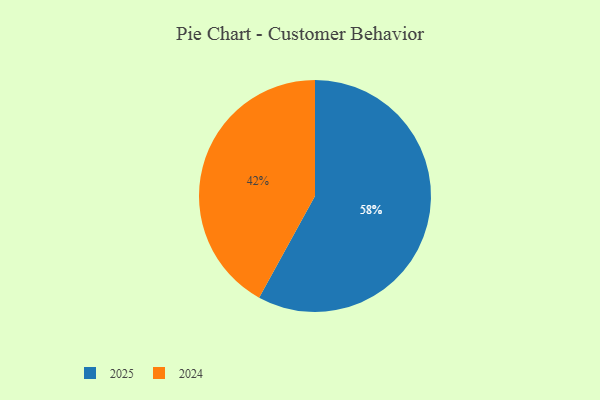
{"axis": {"x": "Category", "y": "Percentage"}, "legend": ["2024", "2025"], "data": [{"x": "2025", "y": 58, "type": "2025"}, {"x": "2024", "y": 42, "type": "2024"}]}